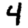
Digit: 4